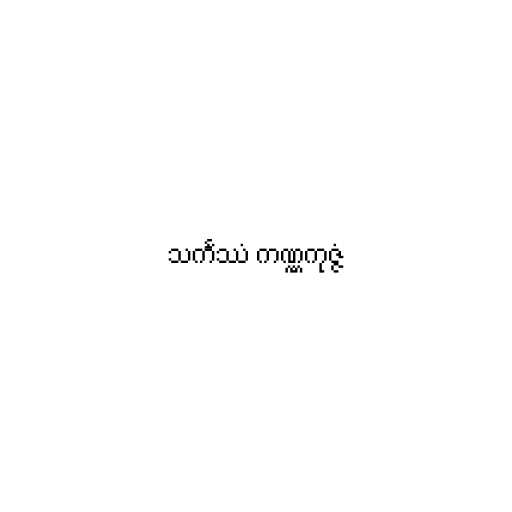
သင်္ကဿံ ကဏ္ဏကုဇ္ဇံ